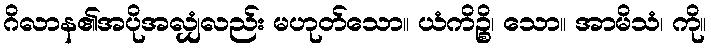
ဂိလာန၏အပိုအလျှံလည်း မဟုတ်သော။ ယံကိဉ္စိ၊ သော။ အာမိသံ၊ ကို။